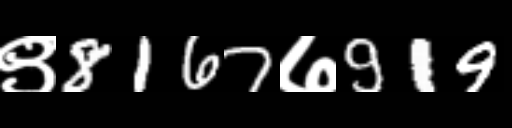
Text: ९8167७919